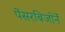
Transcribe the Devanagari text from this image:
पेंसरबिजोर्ने